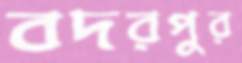
বদরপুর